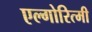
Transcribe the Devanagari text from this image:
एल्गोरित्मी